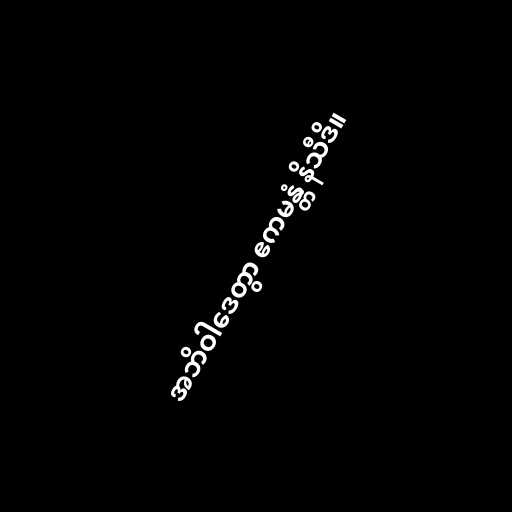
အဘိဝါဒေတွာ ဧကမန္တံ နိသီဒိ။